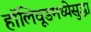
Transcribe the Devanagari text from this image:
हॉलिवूडमध्येसुद्धा